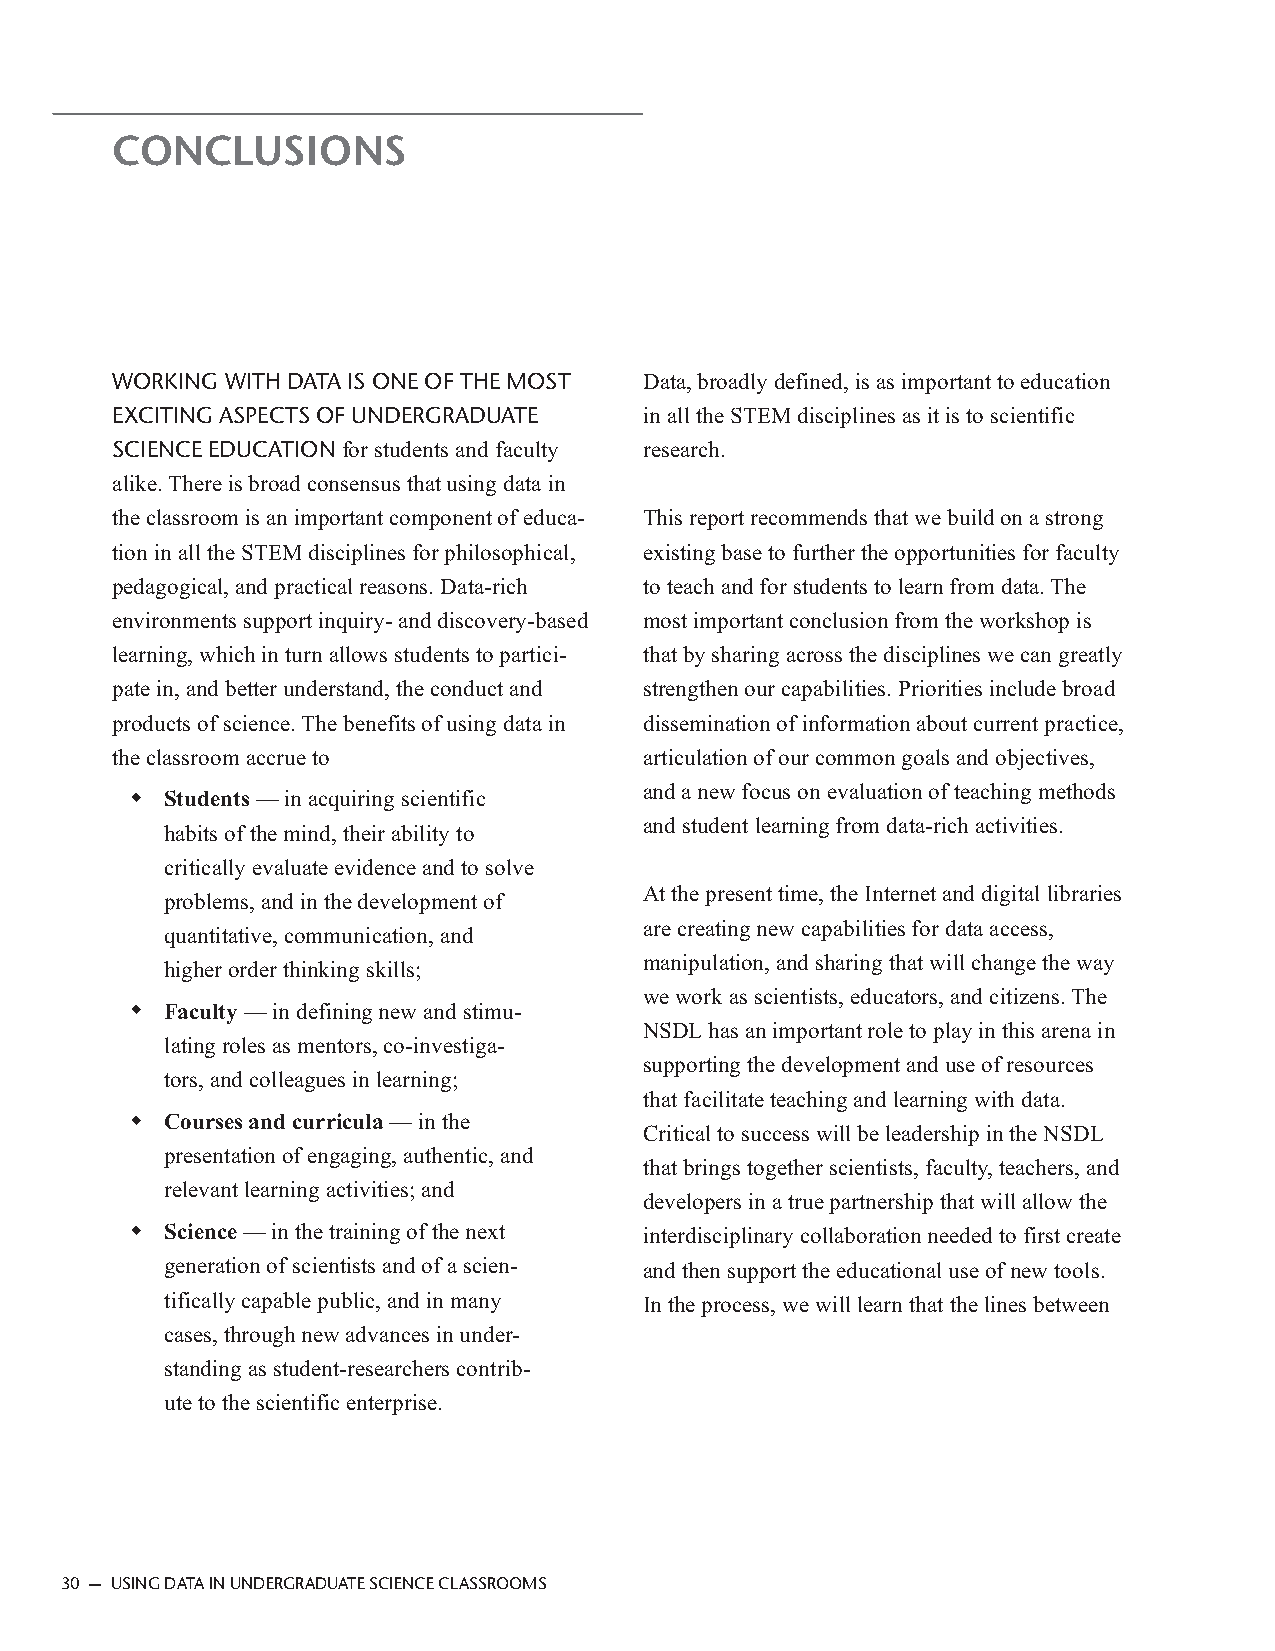
CONCLUSIONS
 WORKING WITH DATA IS ONE OF THE MOST Data, broadly defined, is as important to education
 EXCITING ASPECTS OF UNDERGRADUATE   in all the STEM disciplines as it is to scientific
 SCIENCE EDUCATION for students and faculty research.
 alike. There is broad consensus that using data in
 the classroom is an important component of educa- This report recommends that we build on a strong
 tion in all the STEM disciplines for philosophical, existing base to further the opportunities for faculty
 pedagogical, and practical reasons. Data-rich to teach and for students to learn from data. The
 environments support inquiry- and discovery-based most important conclusion from the workshop is
 learning, which in turn allows students to partici- that by sharing across the disciplines we can greatly
 pate in, and better understand, the conduct and strengthen our capabilities. Priorities include broad
 products of science. The benefits of using data in dissemination of information about current practice,
 the classroom accrue to             articulation of our common goals and objectives,
 and a new focus on evaluation of teaching methods
 ◆ Students — in acquiring scientific
 and student learning from data-rich activities.
 habits of the mind, their ability to
 critically evaluate evidence and to solve
 At the present time, the Internet and digital libraries
 problems, and in the development of
 are creating new capabilities for data access,
 quantitative, communication, and
 manipulation, and sharing that will change the way
 higher order thinking skills;
 we work as scientists, educators, and citizens. The
 ◆ Faculty — in defining new and stimu-
 NSDL has an important role to play in this arena in
 lating roles as mentors, co-investiga-
 supporting the development and use of resources
 tors, and colleagues in learning;
 that facilitate teaching and learning with data.
 ◆ Courses and curricula — in the
 Critical to success will be leadership in the NSDL
 presentation of engaging, authentic, and
 that brings together scientists, faculty, teachers, and
 relevant learning activities; and
 developers in a true partnership that will allow the
 ◆ Science — in the training of the next interdisciplinary collaboration needed to first create
 generation of scientists and of a scien- and then support the educational use of new tools.
 tifically capable public, and in many In the process, we will learn that the lines between
 cases, through new advances in under-
 standing as student-researchers contrib-
 ute to the scientific enterprise.
 30 — USING DATA IN UNDERGRADUATE SCIENCE CLASSROOMS